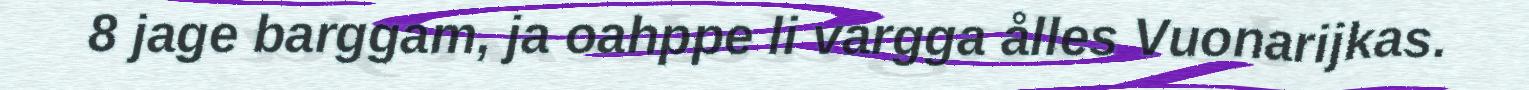
8 jage barggam, ja oahppe li vargga ålles Vuonarijkas.